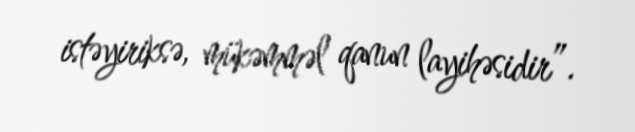
istəyiriksə, mükəmməl qanun layihəsidir”.